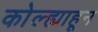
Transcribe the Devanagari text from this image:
कोल्ह्याहून